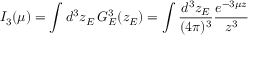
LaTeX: I _ { 3 } ( \mu ) = \int d ^ { 3 } z _ { E } \, G _ { E } ^ { 3 } ( z _ { E } ) = \int \frac { d ^ { 3 } z _ { E } } { ( 4 \pi ) ^ { 3 } } \frac { e ^ { - 3 \mu z } } { z ^ { 3 } }